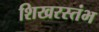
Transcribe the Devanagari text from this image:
शिखरस्तंभ